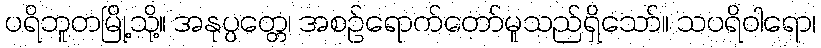
ပရိဘူတမြို့သို့။ အနုပ္ပတ္တေ၊ အစဉ်ရောက်တော်မူသည်ရှိသော်။ သပရိဝါရော၊